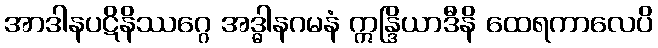
အာဒါနပဋိနိဿဂ္ဂေ အဒ္ဓါနဂမနံ ဣန္ဒြိယာဒီနိ ထေရကာလေပိ